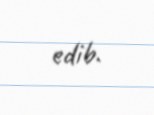
edib.